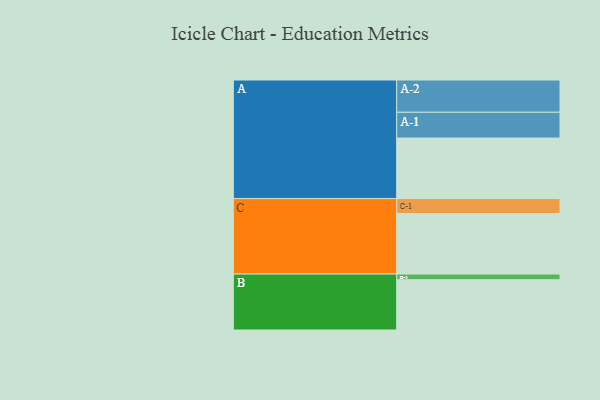
{"axis": {"x": "Segment", "y": "Value"}, "legend": ["", "A", "B", "C"], "data": [{"x": "A", "y": 544, "type": ""}, {"x": "B", "y": 452, "type": ""}, {"x": "C", "y": 544, "type": ""}, {"x": "A-1", "y": 232, "type": "A"}, {"x": "A-2", "y": 290, "type": "A"}, {"x": "B-1", "y": 51, "type": "B"}, {"x": "C-1", "y": 135, "type": "C"}]}